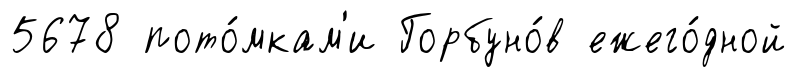
5678 пото́мкам'и Горбуно́в ежего́дной